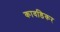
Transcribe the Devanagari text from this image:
कावडिकर